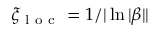
\xi _ { \mathrm { ~ l ~ o ~ c ~ } } = 1 / | \ln | \beta | |